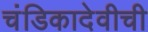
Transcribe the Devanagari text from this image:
चंडिकादेवीची